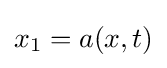
x_{1}=a(x,t)